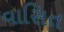
વાસિત